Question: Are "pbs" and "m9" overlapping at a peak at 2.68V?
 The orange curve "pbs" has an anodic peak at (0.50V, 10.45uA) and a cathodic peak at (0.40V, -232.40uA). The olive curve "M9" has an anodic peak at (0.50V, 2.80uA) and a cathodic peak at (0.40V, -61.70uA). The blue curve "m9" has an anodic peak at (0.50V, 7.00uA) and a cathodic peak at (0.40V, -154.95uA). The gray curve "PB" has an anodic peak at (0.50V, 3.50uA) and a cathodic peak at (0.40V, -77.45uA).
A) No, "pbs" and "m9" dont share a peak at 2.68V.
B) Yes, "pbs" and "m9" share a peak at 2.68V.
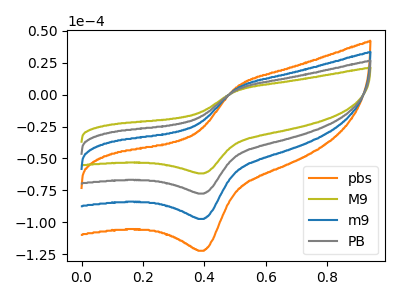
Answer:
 <answer>A) No, "pbs" and "m9" dont share a peak at 2.68V.</answer>
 <eval>A</eval>